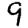
Digit: 9